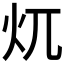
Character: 𱪤